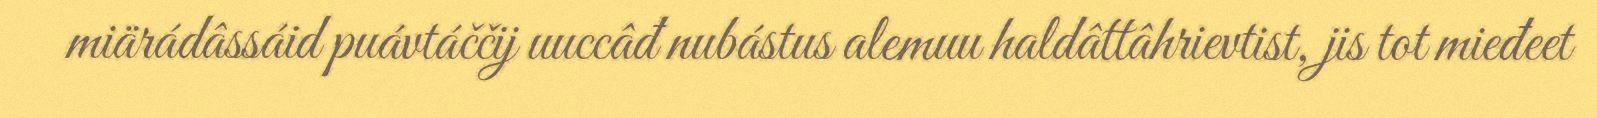
miärádâssáid puávtáččij uuccâđ nubástus alemuu haldâttâhrievtist, jis tot mieđeet